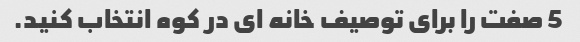
5 صفت را برای توصیف خانه ای در کوه انتخاب کنید.